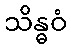
သိန္ဓဝံ